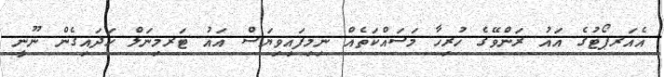
އެއަރޕޯޓުގެ އައު ރަންވޭގެ ހުރިހާ މަސައްކަތެއް ނިމިފައިވިޔަސް އައު ޓަރމިނަލް ހަދައިގެން ނޫނީ